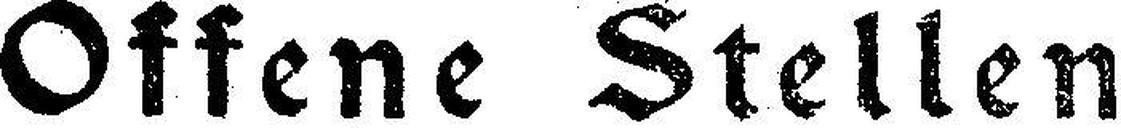
Offene Stellen